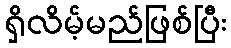
ရှိလိမ့်မည်ဖြစ်ပြီး